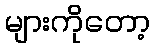
များကိုတော့